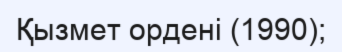
Қызмет ордені (1990);